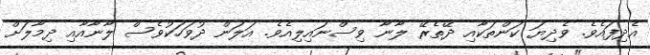
އެދިފައެވެ. ވެދިޔަ ކަންތަކާއި ދޭތެރޭ ލާނާ ވިސްނައިލިއެވެ. އަލަން ދުވަހަކުވެސް ލާނާއާއި ދިމާލަށް